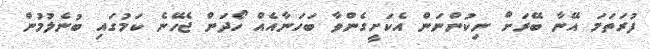
ފުރަތަމަ އޭނާ ބޭރަށް ނިކުންނަން އެކަށީގެންވާ ބަހަނާއެއް ހޯދަން ޖެހޭނެ ކަމުގައި ބުނެލުމުން